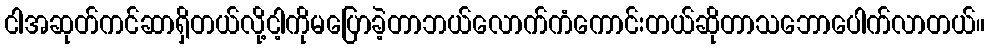
ငါအဆုတ်ကင်ဆာရှိတယ်လို့ငါ့ကိုမပြောခဲ့တာဘယ်လောက်ကံကောင်းတယ်ဆိုတာသဘောပေါက်လာတယ်။